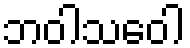
ဘဝါသဝေါ